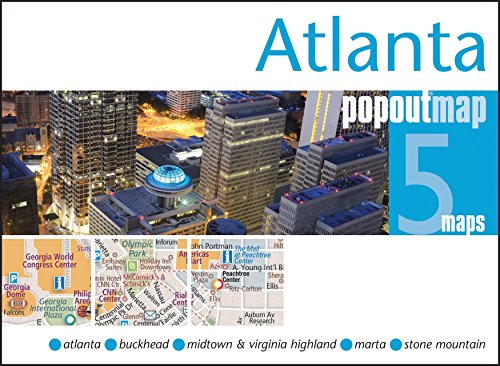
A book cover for Atlanta PopOut Map (PopOut Maps); Popout Maps; Travel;